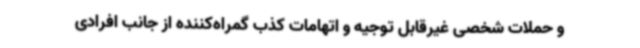
و حملات شخصی غیرقابل توجیه و اتهامات کذب گمراه‌کننده از جانب افرادی